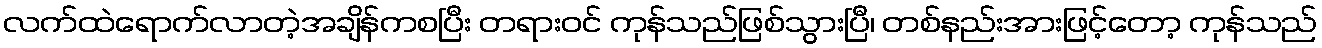
လက်ထဲရောက်လာတဲ့အချိန်ကစပြီး တရားဝင် ကုန်သည်ဖြစ်သွားပြီ၊ တစ်နည်းအားဖြင့်တော့ ကုန်သည်